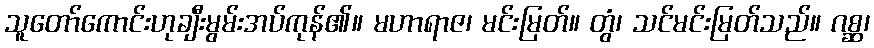
သူတော်ကောင်းဟုချီးမွမ်းအပ်ကုန်၏။ မဟာရာဇ၊ မင်းမြတ်။ တွံ၊ သင်မင်းမြတ်သည်။ ဂစ္ဆ၊